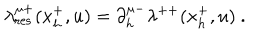
LaTeX: \lambda _ { \mathrm { r e s } } ^ { \mu + } ( x _ { h } ^ { + } , u ) = \partial _ { h } ^ { \mu - } \lambda ^ { + + } ( x _ { h } ^ { + } , u ) \ .